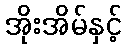
အိုးအိမ်နှင့်